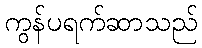
ကွန်ပရက်ဆာသည်